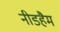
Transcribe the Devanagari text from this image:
नीडहैम